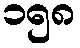
၁၅၈